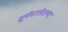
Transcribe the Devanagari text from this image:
सूर्यमालेतल्या